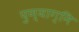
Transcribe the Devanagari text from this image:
पुण्याग्नि